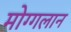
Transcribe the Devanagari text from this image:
मोग्गलान